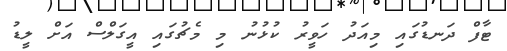
ޓާފް ދަނޑުގައި މިއަދު ހަވީރު ކުޅުނު މި މެޗުގައި އީގަލްސް އަށް ލީޑު